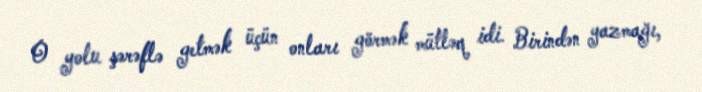
O yolu şərəflə getmək üçün onları görmək mütləq idi. Birindən yazmağı,